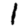
Digit: 1